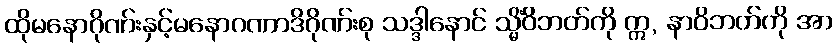
ထိုမနောဂိုဏ်းနှင့်မနောဂဏာဒိဂိုဏ်းစု သဒ္ဒါနောင် သ္မိံဝိဘတ်ကို ဣ, နာဝိဘတ်ကို အာ